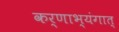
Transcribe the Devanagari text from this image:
कर्णाभ्यंगात्‌